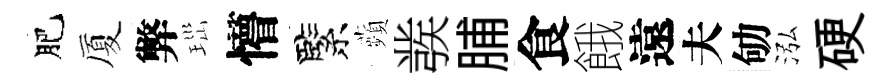
肥厦弊𤤼懵緊蘋彂脯食餓遠夫劬泓硬